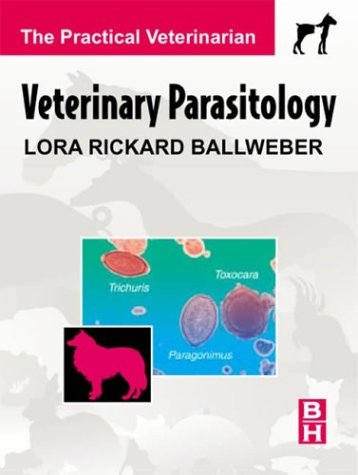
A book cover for Veterinary Parasitology: The Practical Veterinarian Series, 1e; Lora A. Ballweber DVM  MS; Medical Books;